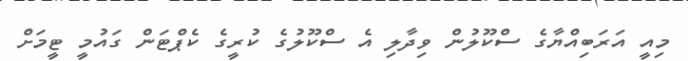
މިއީ އަރަބިއްޔާގެ ސްކޫލުން ވިދާލި އެ ސްކޫލުގެ ކުރީގެ ކެޕްޓަން ގައުމީ ޓީމަށް